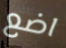
اضع